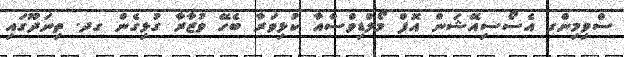
ސްވިމިންގ އެސޯސިއޭޝަން އޮފް މޯލްޑިވްސްއާ ކުޅިވަރާ ބެހޭ ވުޒާރާ ގުޅިގެން ގދ. ތިނަދޫގައި